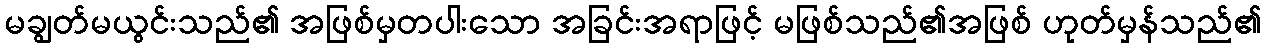
မချွတ်မယွင်းသည်၏ အဖြစ်မှတပါးသော အခြင်းအရာဖြင့် မဖြစ်သည်၏အဖြစ် ဟုတ်မှန်သည်၏